Civil Veterinary Department. Madras. Admin. report 1926-33 - 1926-1933
Year: 1926
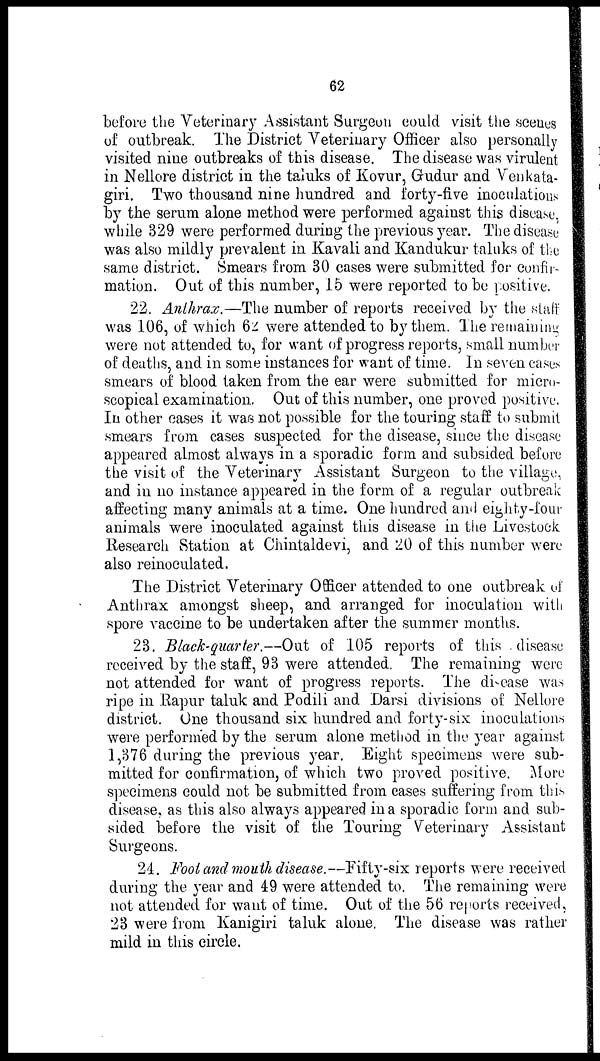
62
before the Veterinary Assistant Surgeon could visit the scenes
of outbreak. The District Veterinary Officer also personally
visited nine outbreaks of this disease. The disease was virulent
in Nellore district in the taluks of Kovur, Gudur and Venkata-
giri. Two thousand nine hundred and forty-five inoculations
by the serum alone method were performed against this disease,
while 329 were performed during the previous year. The disease
was also mildly prevalent in Kavali and Kandukur taluks of the
same district. Smears from 30 cases were submitted for confir-
mation. Out of this number, 15 were reported to be positive.
22. Anthrax.—The number of reports received by the staff
was 106, of which 62 were attended to by them. The remaining
were not attended to, for want of progress reports, small number
of deaths, and in some instances for want of time. In seven cases
smears of blood taken from the ear were submitted for micro-
scopical examination. Out of this number, one proved positive.
In other cases it was not possible for the touring staff to submit
smears from cases suspected for the disease, since the disease
appeared almost always in a sporadic form and subsided before
the visit of the Veterinary Assistant Surgeon to the village,
and in no instance appeared in the form of a regular outbreak
affecting many animals at a time. One hundred and eighty-four
animals were inoculated against this disease in the Livestock
Research Station at Chintaldevi, and 20 of this number were
also reinoculated.
The District Veterinary Officer attended to one outbreak of
Anthrax amongst sheep, and arranged for inoculation with
spore vaccine to be undertaken after the summer months.
23. Black-quarter.--Out of 105 reports of this disease
received by the staff, 93 were attended, The remaining were
not attended for want of progress reports. The disease was
ripe in Rapur taluk and Podili and Darsi divisions of Nellore
district. One thousand six hundred and forty-six inoculations
were performed by the serum alone method in the year against
1,376 during the previous year. Eight specimens were sub-
mitted for confirmation, of which two proved positive. More
specimens could not be submitted from cases suffering from this
disease, as this also always appeared in a sporadic form and sub-
sided before the visit of the Touring Veterinary Assistant
Surgeons.
24. Foot and mouth disease.--Fifty-six reports were received
during the year and 49 were attended to. The remaining were
not attended for want of time. Out of the 56 reports received,
23 were from Kanigiri taluk alone. The disease was rather
mild in this circle.